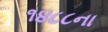
૧૪૮૮ના